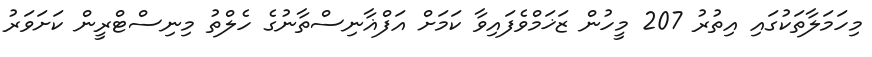
މިހަމަލާތަކުގައި އިތުރު 207 މީހުން ޒަޚަމްވެފައިވާ ކަމަށް އަފްޣާނިސްތާނުގެ ހެލްތު މިނިސްޓްރީން ކަށަވަރު